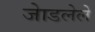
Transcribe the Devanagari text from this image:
जेाडलेले